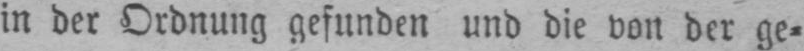
in der Ordnung gefunden und die von der ge⸗